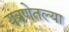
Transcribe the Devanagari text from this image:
यंत्रणेतल्या